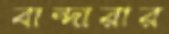
বান্দারার